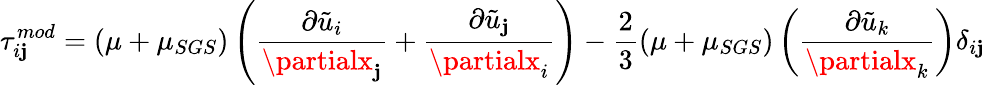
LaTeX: \tau_{i\mathbf{j}}^{mod}=(\mu+\mu_{SGS})\left(\frac{{\partial\tilde{{u}}_{i}}}{{\partialx_{\mathbf{j}}}}+\frac{{\partial\tilde{{u}}_{\mathbf{j}}}}{{\partialx_{i}}}\right)-\frac{{2}}{{3}}(\mu+\mu_{SGS})\left(\frac{{\partial\tilde{{u}}_{k}}}{{\partialx_{k}}}\right)\delta_{i\mathbf{j}}